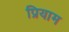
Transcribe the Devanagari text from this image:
प्रियाम